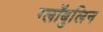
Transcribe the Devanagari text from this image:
ग्लॉबुलिन